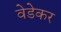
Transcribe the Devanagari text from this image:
वेडेकर